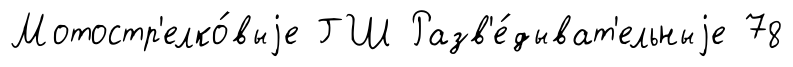
Мотостр'елко́выjе ГШ Разв'е́дыват'ельныjе 78